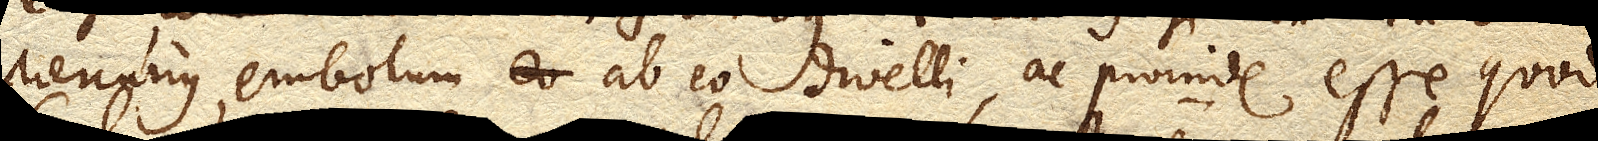
Mercurius, embolum ab eo divelli, ac proinde esse quod